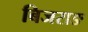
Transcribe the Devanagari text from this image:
बिजराङ